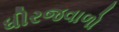
ધીરજવાળો